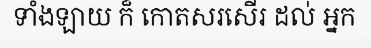
ទាំងឡាយ ក៏ កោតសរសើរ ដល់ អ្នក